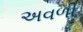
અવળી